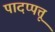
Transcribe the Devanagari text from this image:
पादप्पत्तू